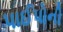
પાઈપોની